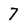
Character: 7